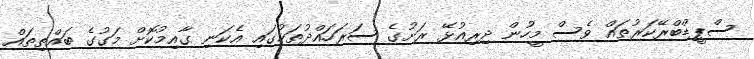
ސްޕީޑްބްރޭކަރުތައް ވެސް މީހުން ދިރިއުޅޭ ރަށުގެ ސަރަހައްދުތަކުގައި އެކަނި ގާއިމުކޮށް މަގުގެ ބައްތިތައް